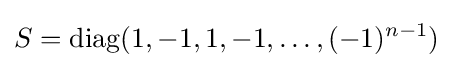
S=\operatorname {diag} (1,-1,1,-1,\ldots ,(-1)^{n-1})